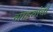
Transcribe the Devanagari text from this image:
गाडयांची